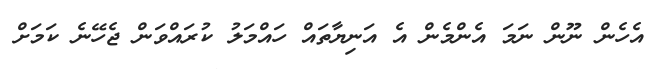
އެހެން ނޫން ނަމަ އެންމެން އެ އަނިޔާތައް ހައްމަލު ކުރައްވަން ޖެހޭނެ ކަމަށް